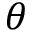
\theta